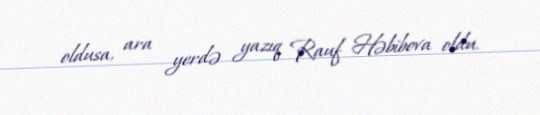
oldusa, ara yerdə yazıq Rauf Həbibova oldu.